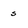
Character: s